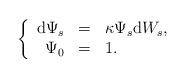
LaTeX: \begin{align*}\left\{\begin{array}{rcl}\mathrm{d}\Psi _{s} & = & \kappa \Psi _{s}\mathrm{d}W_{s}, \\\Psi _{0} & = & 1.\end{array}\right. \end{align*}